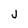
Character: j